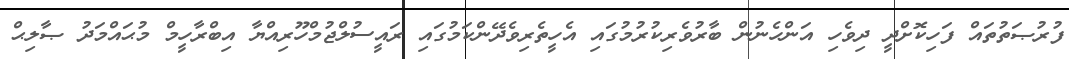
ފުރުޞަތުތައް ފަހިކޮށްދީ ދިވެހި އަންހެނުން ބާރުވެރިކުރުމުގައި އެހީތެރިވެދޭންކަމުގައި ރައީސުލްޖުމްހޫރިއްޔާ އިބްރާހީމް މުޙައްމަދު ޞާލިޙް